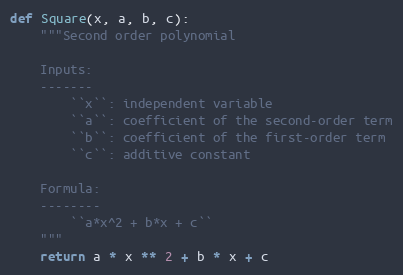
Language: Python
def Square(x, a, b, c):
    """Second order polynomial

    Inputs:
    -------
        ``x``: independent variable
        ``a``: coefficient of the second-order term
        ``b``: coefficient of the first-order term
        ``c``: additive constant

    Formula:
    --------
        ``a*x^2 + b*x + c``
    """
    return a * x ** 2 + b * x + c